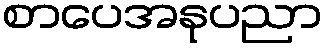
စာပေအနုပညာ